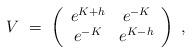
LaTeX: \begin{align*}V\ =\ \left(\begin{array}{cc} e^{K+h} & e^{-K} \\ e^{-K} & e^{K-h} \end{array}\right)\ ,\end{align*}